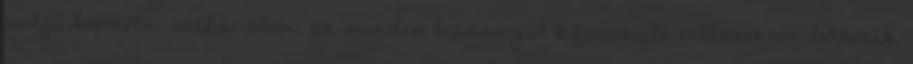
tudja képzelni otthonában, az minden bizonnyal kifinomult ízléssel rendelkezik,